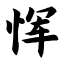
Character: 恽